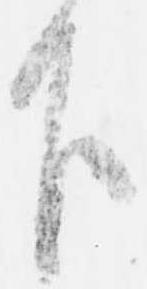
下